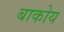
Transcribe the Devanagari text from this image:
बाकोय